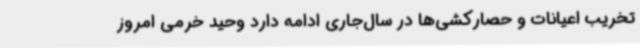
تخریب اعیانات و حصارکشی‌ها در سال‌جاری ادامه دارد وحید خرمی امروز